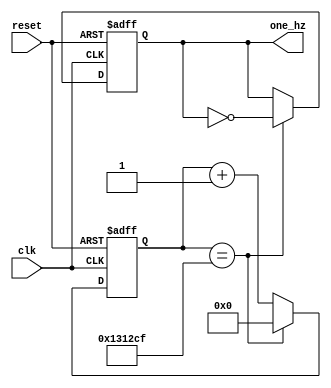
module one_hz_clock(
	input clk, //u vo xung clock 50Mhz
	input reset, // u vo reset  khi ng li clock
	output reg one_hz  // xung 1Hz u ra
);

// tn s ca clock l 50Mhz

parameter CLOCK_FREQ = 50_000_00/2;
parameter COUNTER_MAX = CLOCK_FREQ/2-1;
reg [25:0] counter; // 26bit ~ 49_999_999

always @(posedge clk or negedge reset) begin
	if(~reset) begin
		counter <=0;
		one_hz <=0;
	end else begin
	if ( counter == COUNTER_MAX ) begin
		counter <=0;
		one_hz <= ~one_hz; // sau 1s one_hz c gn bng 1
	end 
	else  counter <= counter + 1; // Tng b m
	end

	end
endmodule